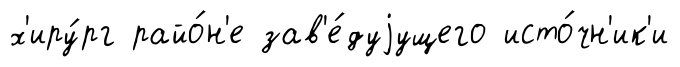
х'иру́рг райо́н'е зав'е́дуjущего исто́чн'ик'и